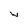
Character: W